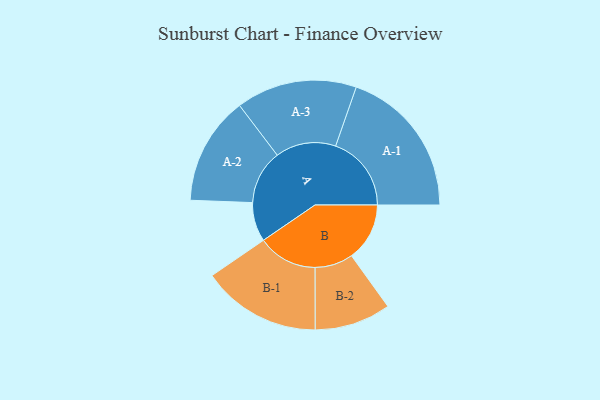
{"axis": {"x": "Segment", "y": "Value"}, "legend": ["", "A", "B"], "data": [{"x": "A", "y": 151, "type": ""}, {"x": "B", "y": 224, "type": ""}, {"x": "A-1", "y": 292, "type": "A"}, {"x": "A-2", "y": 209, "type": "A"}, {"x": "A-3", "y": 233, "type": "A"}, {"x": "B-1", "y": 230, "type": "B"}, {"x": "B-2", "y": 147, "type": "B"}]}